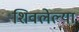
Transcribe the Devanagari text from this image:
शिवलेल्या